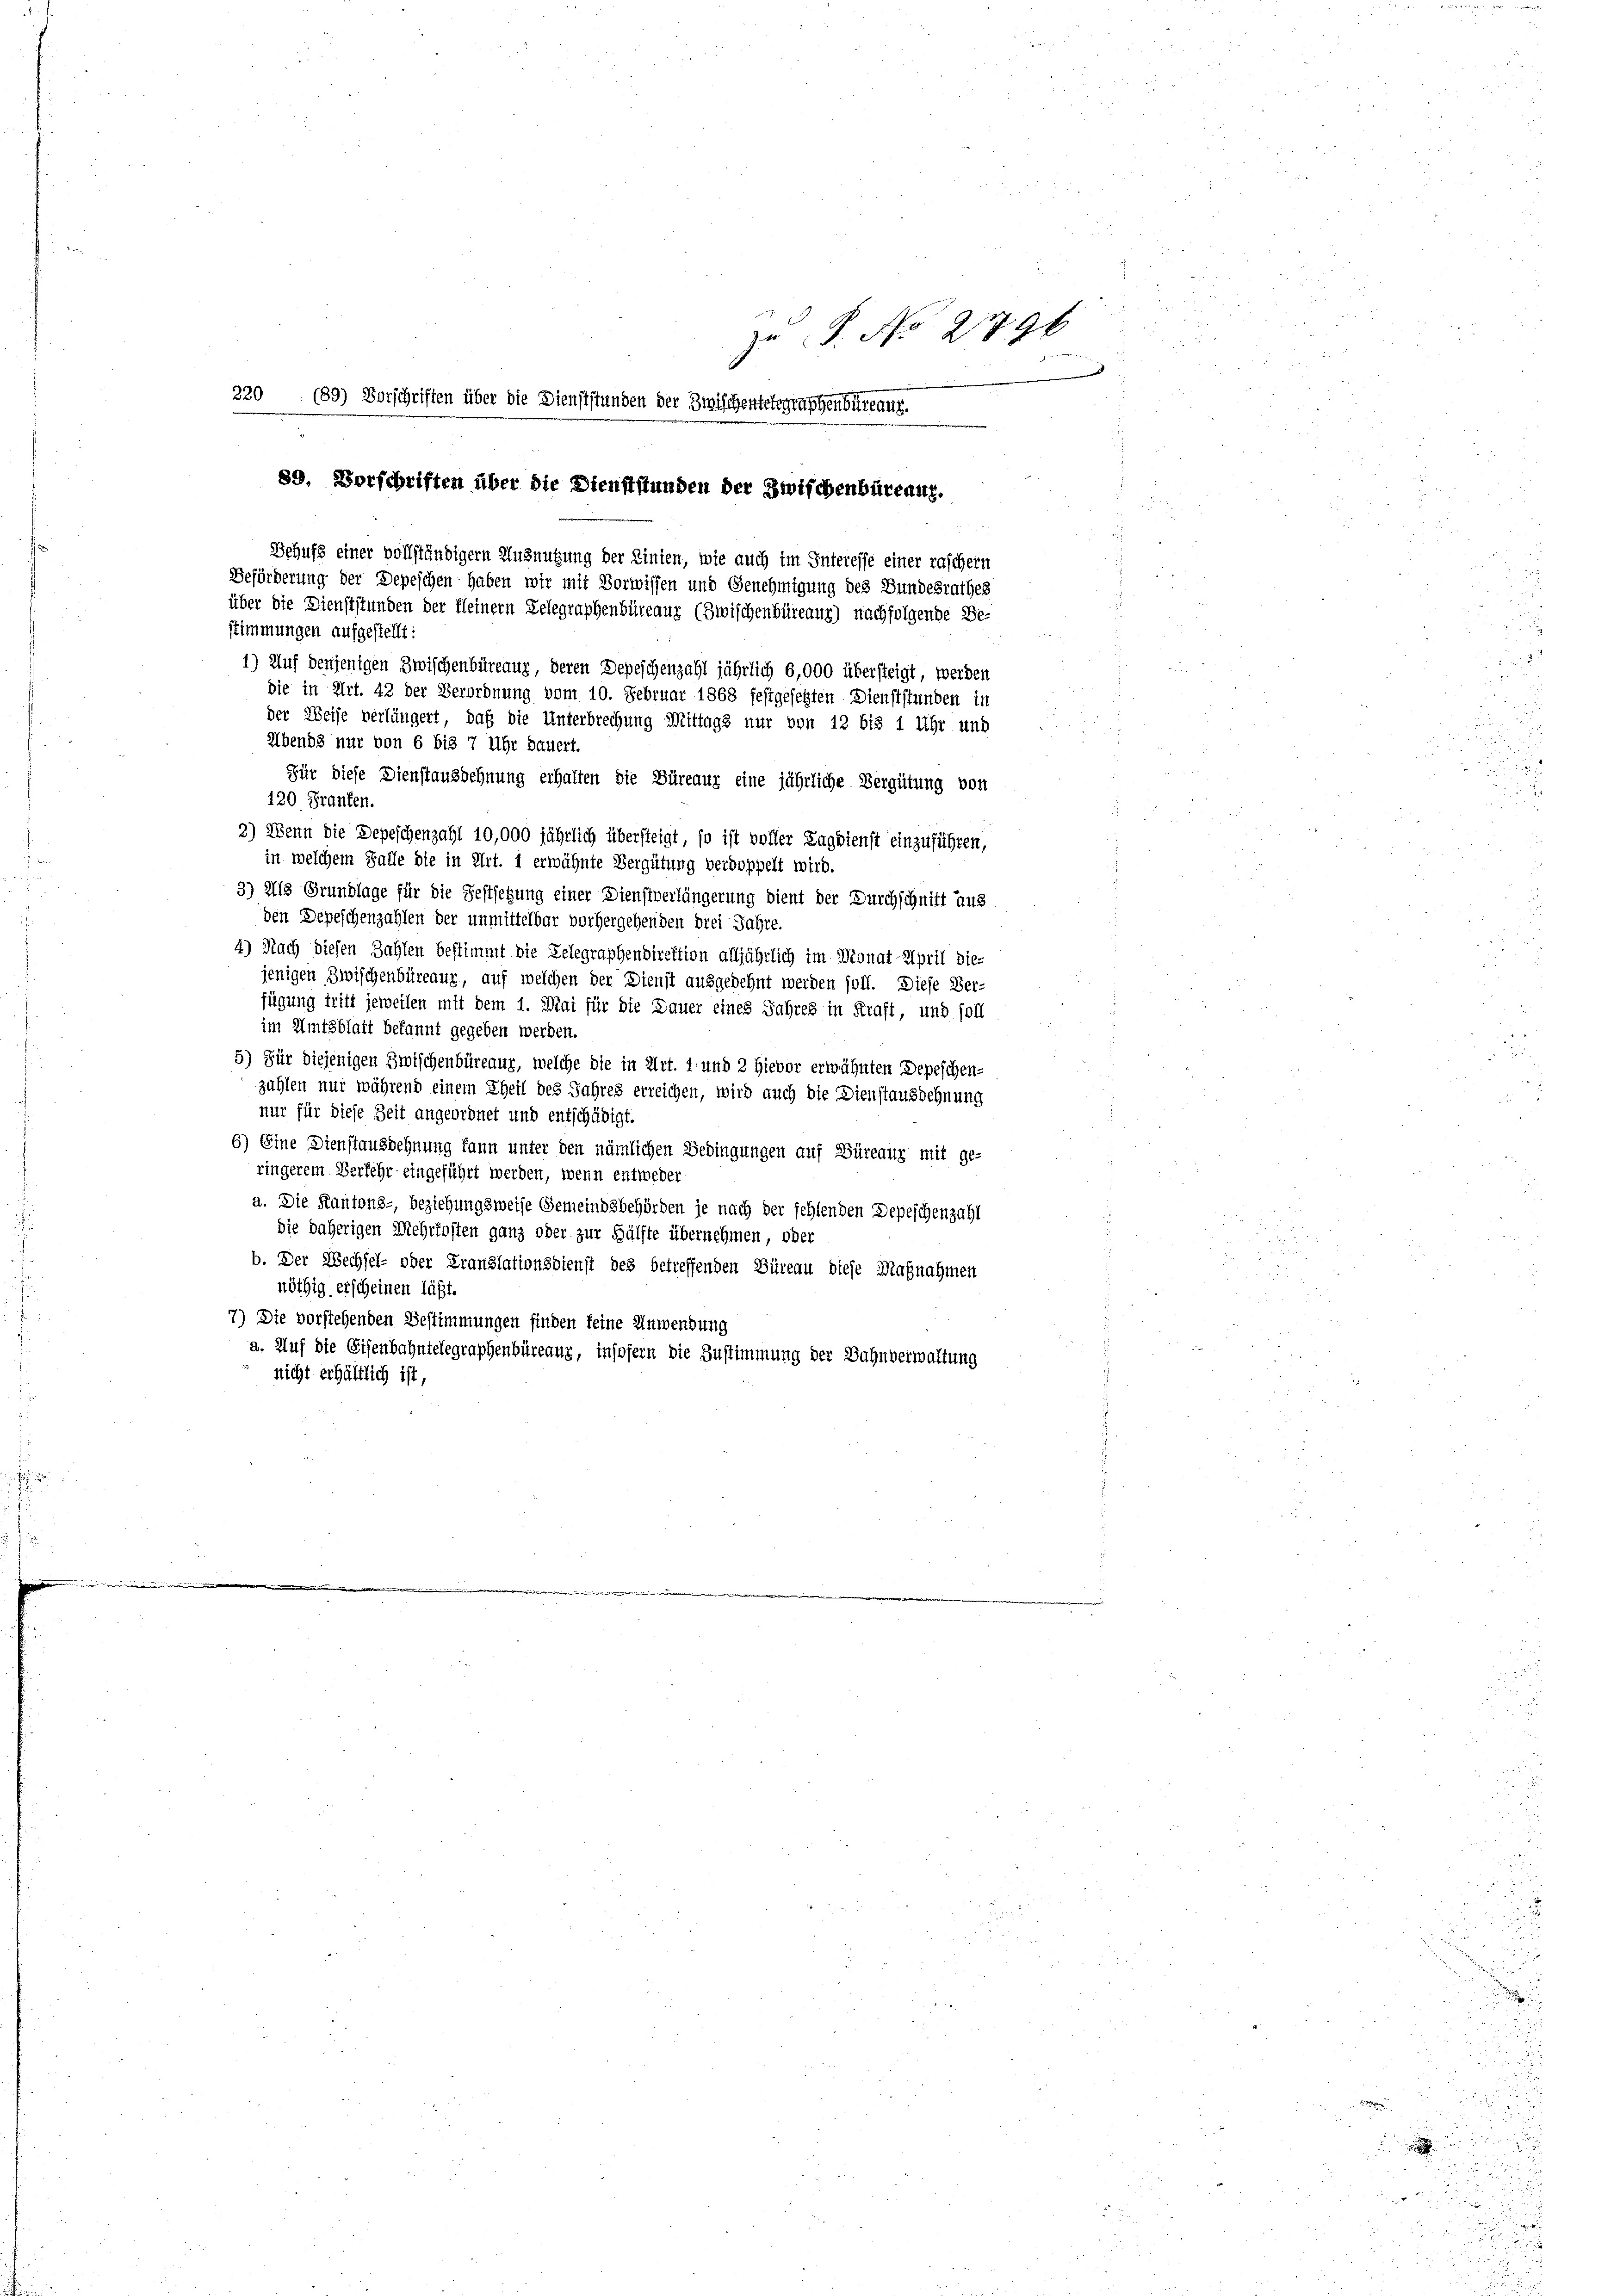
zu S. No 2796
320 (89) Vorschriften über die Dienststunden der Zwischentelegraphenbureau.
89. Vorschriften über die Dienststunden der Zwischenbüreauz.
Behufs einer vollständigern Ausnutzung der Linien, wie auch im Interesse einer raschern
Beförderung der Depeschen haben wir mit Vorwissen und Genehmigung des Bundesrathes
über die Dienststunden der Kleinern Gelegraphenbüreaux (Zwischenbüreaug) nachfolgende Be-
stimmungen aufgestellt:
d

in welchem Falle die in Art. 1 erwähnte Vergütung verdoppelt wird.
3) Als Grundlage für die Festsetzung einer Dienstverlängerung dient der Durchschnitt aus
den Depeschenzahlen der unmittelbar vorhergehenden drei Jahre.
4) Nach diesen Zahlen bestimmt die Gelegraphendirektion alljährlich im Donat April die-
jenigen Zwischenbüreaux, auf welchen der Dienst ausgedehnt werden soll. Diese Ver-
fügung tritt jeweilen mit dem 1. Mai für die Dauer eines Jahres in Kraft, und soll
im Amtsblatt bekannt gegeben werden.
5) Für diejenigen Zwischenbüreaur, welche die in Art. 1 und 2 hievor erwähnten Depeschen-
zahlen nur während einem Theil des Jahres erreichen, wird auch die Dienstausdehnung
nur für diese Zeit angeordnet und entschädigt.
6) Eine Dienstausdehnung kann unter den nämlichen Bedingungen auf Büreaux mit ge-
ringerem Verfehr eingeführt werden, wenn entweder
a. Die Kantons-, beziehungsweise Gemeindsbehörden je nach der fehlenden Depeschenzahl
die daherigen Mehrkosten ganz oder zur Hälfte übernehmen, oder
b. Der Wechsel- oder Translationsdienst des betreffenden Büreau diese Maßnahmen
nöthig erscheinen läßt.
7) Die vorstehenden Bestimmungen finden seine Anwendung
a. Auf die Eisenbahntelegraphenbüreauz, insofern die Zustimmung der Bahnverwaltung
nicht erhältlich ist,

1) Auf denjenigen Zwischenbüreaux, deren Depeschenzahl jährlich 6,000 übersteigt, werden
die in Art. 42 der Verordnung vom 10. Februar 1868 festgesetzten Dienststunden in
der Weise verlängert, daß die Unterbrechung Mittags nur von 12 bis 1 Uhr und
Abends nur von 6 bis 7 Uhr Dauert.
Für diese Dienstausdehnung erhalten die Büreaur eine jährliche Vergütung von
120 Franken.
2) Wenn die Depeschenzahl 10,000 jährlich übersteigt, so ist voller Lagdienst einzuführen,